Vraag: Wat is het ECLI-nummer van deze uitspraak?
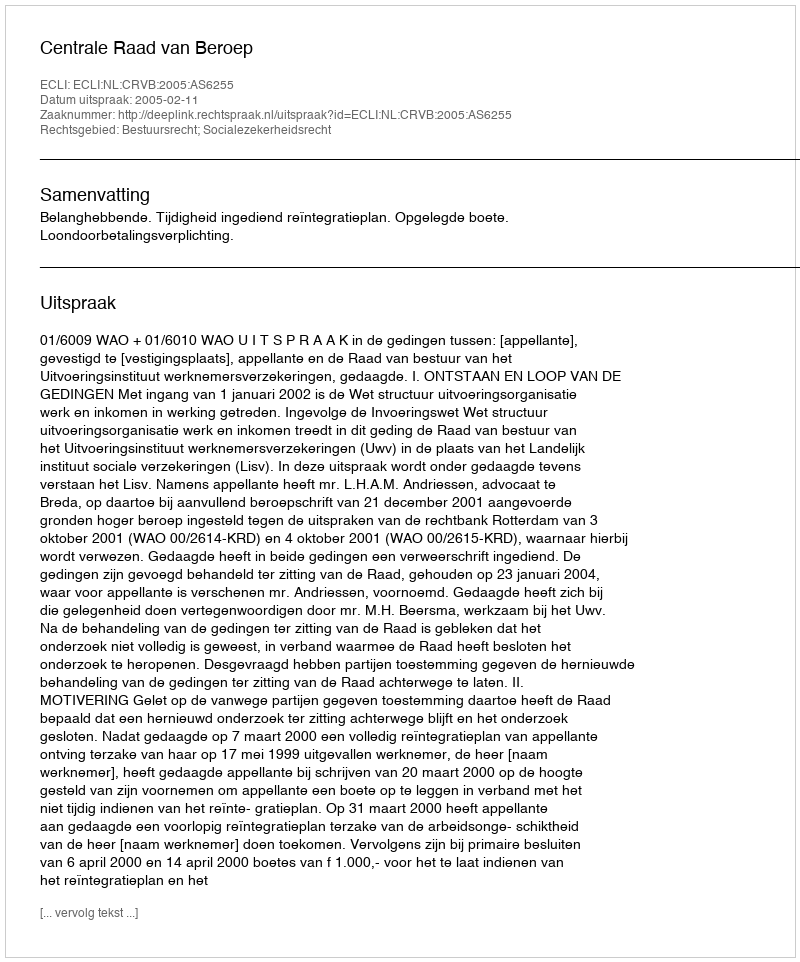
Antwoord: ECLI:NL:CRVB:2005:AS6255